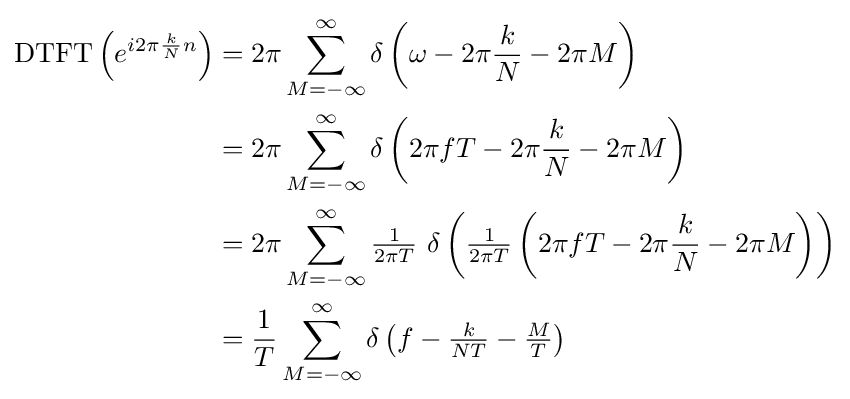
{\begin{aligned}\operatorname {DTFT} \left(e^{i2\pi {\frac {k}{N}}n}\right)&=2\pi \sum _{M=-\infty }^{\infty }\delta \left(\omega -2\pi {\frac {k}{N}}-2\pi M\right)\\&=2\pi \sum _{M=-\infty }^{\infty }\delta \left(2\pi fT-2\pi {\frac {k}{N}}-2\pi M\right)\\&=2\pi \sum _{M=-\infty }^{\infty }{\tfrac {1}{2\pi T}}\ \delta \left({\tfrac {1}{2\pi T}}\left(2\pi fT-2\pi {\frac {k}{N}}-2\pi M\right)\right)\\&={\frac {1}{T}}\sum _{M=-\infty }^{\infty }\delta \left(f-{\tfrac {k}{NT}}-{\tfrac {M}{T}}\right)\end{aligned}}